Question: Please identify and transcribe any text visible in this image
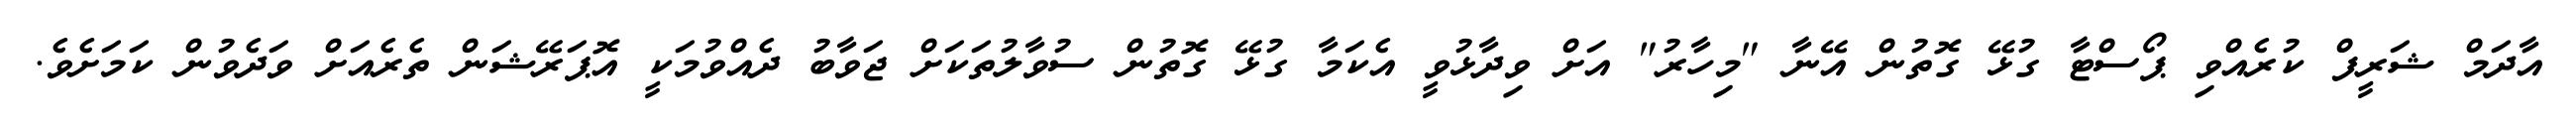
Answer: އާދަމް ޝަރީފް ކުރެއްވި ޕޯސްޓާ ގުޅޭ ގޮތުން އޭނާ "މިހާރު" އަށް ވިދާޅުވީ އެކަމާ ގުޅޭ ގޮތުން ސުވާލުތަކަށް ޖަވާބު ދެއްވުމަކީ އޮޕަރޭޝަން ތެރެއަށް ވަދެވުން ކަމަށެވެ.